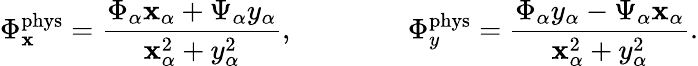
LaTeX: \Phi_{\mathbf{x}}^{\mathrm{{phys}}}=\frac{{\Phi_{\alpha}\mathbf{x}_{\alpha}+\Psi_{\alpha}y_{\alpha}}}{{\mathbf{x}_{\alpha}^{2}+y_{\alpha}^{2}}},\qquad\qquad\Phi_{y}^{\mathrm{{phys}}}=\frac{{\Phi_{\alpha}y_{\alpha}-\Psi_{\alpha}\mathbf{x}_{\alpha}}}{{\mathbf{x}_{\alpha}^{2}+y_{\alpha}^{2}}}.